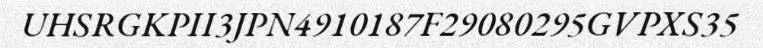
UHSRGKPII3JPN4910187F29080295GVPXS35